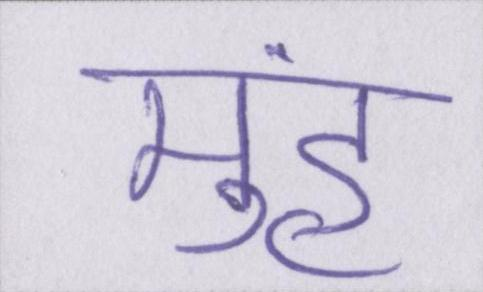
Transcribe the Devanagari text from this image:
मुंह